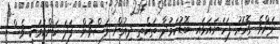
ދަށްވެ ގޮހޮރު ފަހަނައަޅައި ބޮޑުކަމުދާ ތަކެތި ދިއުން ލަސްވުން ފަދަ ކަންކަމަކީ ވެސް